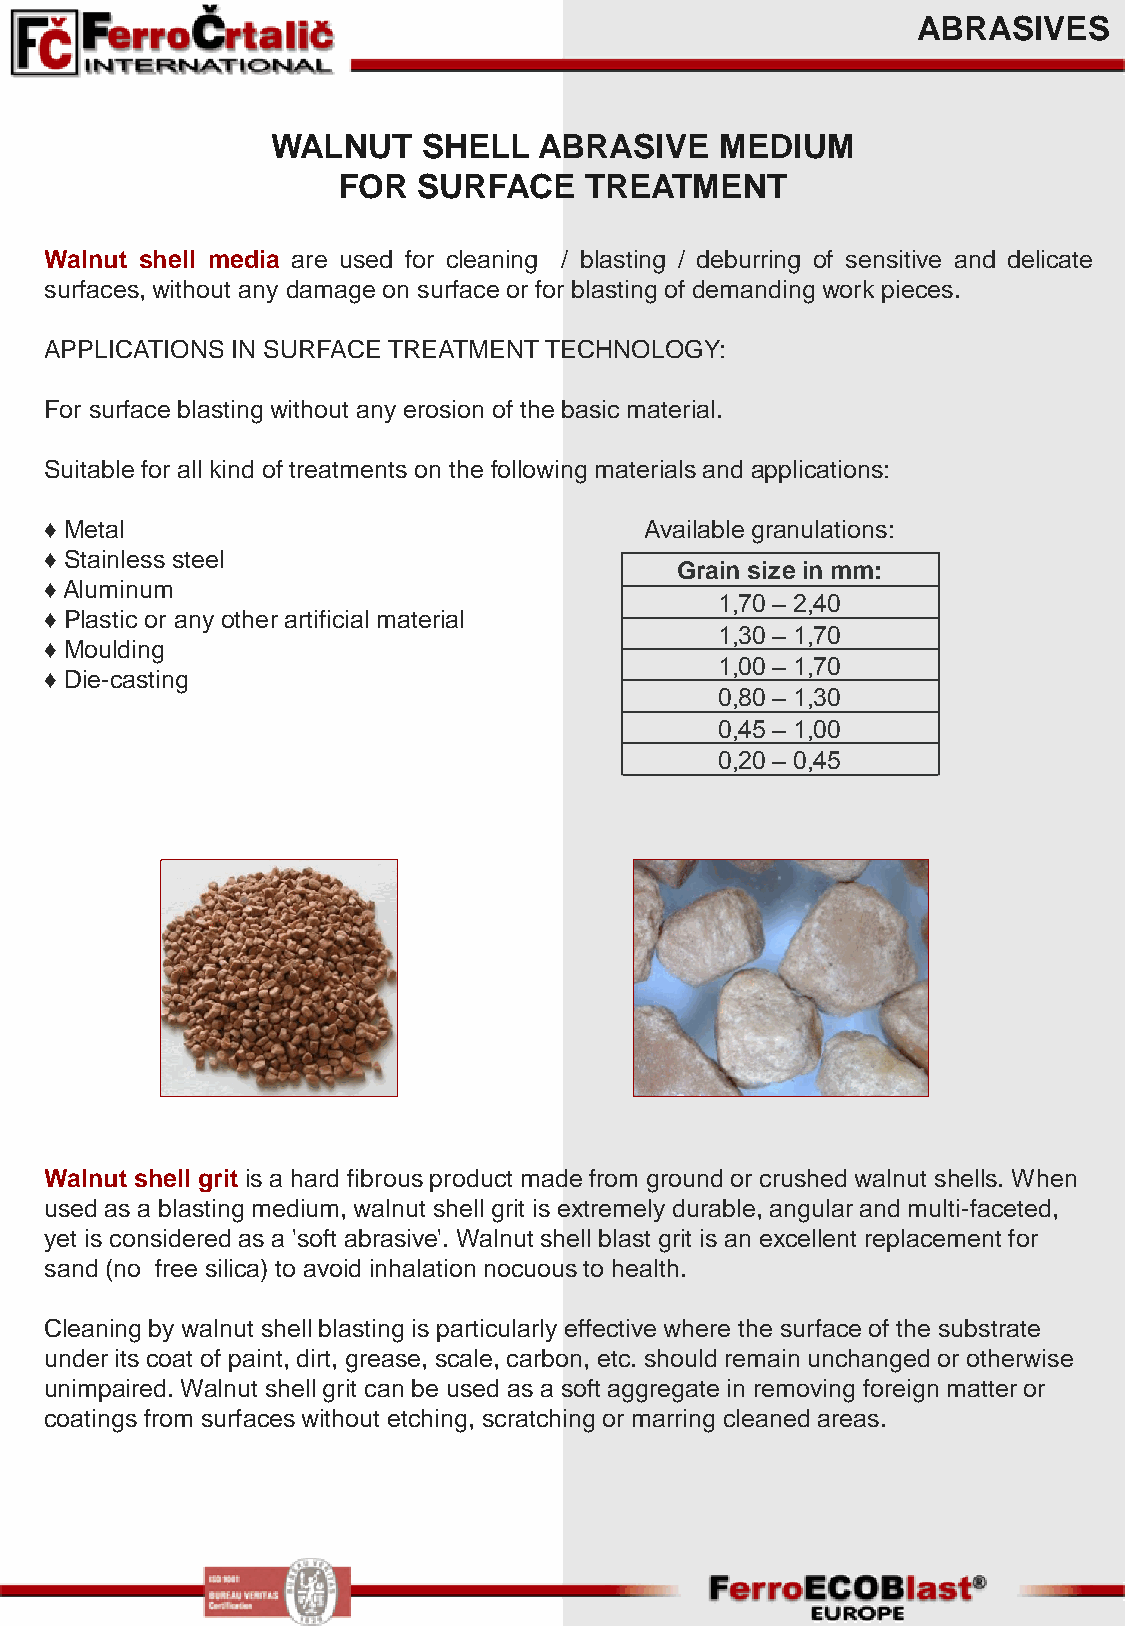
ABRASIVES
 WALNUT    SHELL   ABRASIVE    MEDIUM
 FOR   SURFACE    TREATMENT
 Walnut shell media are used for cleaning / blasting / deburring of sensitive and delicate
 surfaces, without any damage on surface or for blasting of demanding work pieces.
 APPLICATIONS IN SURFACE TREATMENT TECHNOLOGY:
 For surface blasting without any erosion of the basic material.
 Suitable for all kind of treatments on the following materials and applications:
 ♦ Metal                                 Available granulations:
 ♦ Stainless steel
 Grain size in mm:
 ♦ Aluminum
 1,70 – 2,40
 ♦ Plastic or any other artificial material
 1,30 – 1,70
 ♦ Moulding
 1,00 – 1,70
 ♦ Die-casting
 0,80 – 1,30
 0,45 – 1,00
 0,20 – 0,45
 Walnut shell grit is a hard fibrous product made from ground or crushed walnut shells. When
 used as a blasting medium, walnut shell grit is extremely durable, angular and multi-faceted,
 yet is considered as a 'soft abrasive'. Walnut shell blast grit is an excellent replacement for
 sand (no free silica) to avoid inhalation nocuous to health.
 Cleaning by walnut shell blasting is particularly effective where the surface of the substrate
 under its coat of paint, dirt, grease, scale, carbon, etc. should remain unchanged or otherwise
 unimpaired. Walnut shell grit can be used as a soft aggregate in removing foreign matter or
 coatings from surfaces without etching, scratching or marring cleaned areas.